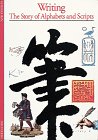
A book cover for Writing: The Story of Alphabets and Scripts; Georges Jean; Business & Money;